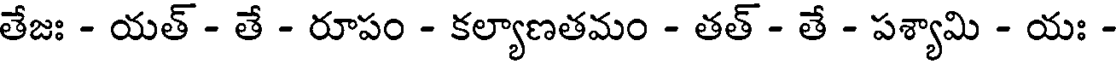
తేజః - యత్ - తే - రూపం - కల్యాణతమం - తత్ - తే - పశ్యామి - యః -